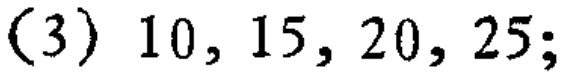
$(3)\ 10,15,20,25;$